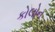
કોલોન